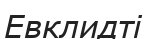
Евклидті